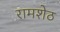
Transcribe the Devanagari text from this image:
रामशेठ